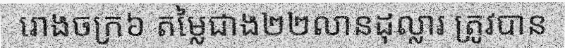
រោងចក្រ៦ តម្លៃជាង២២លានដុល្លារ ត្រូវបាន